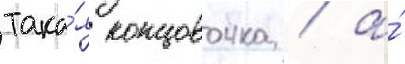
така́я концовочка / а́